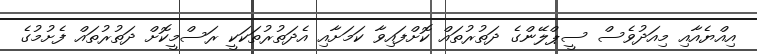
އިއްޔެއާއި މިއަދުވެސް ސީޕްލޭންގެ ދަތުރުތައް ކޮށްފައިވާ ކަމަށާއި އެދަތުރުތަކަކީ ރަސްމީކޮށް ދަތުރުތައް ފެށުމުގެ